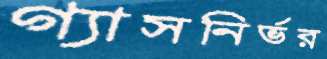
গ্যাসনির্ভর